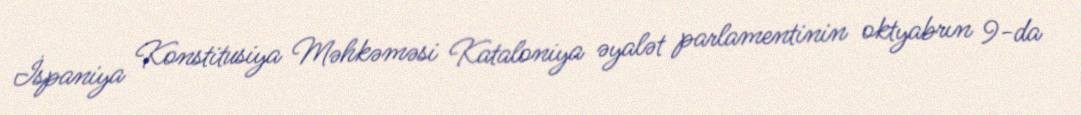
İspaniya Konstitusiya Məhkəməsi Kataloniya əyalət parlamentinin oktyabrın 9-da